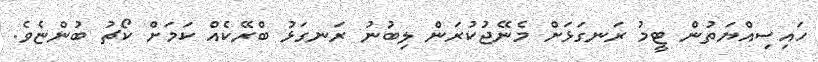
ހައިސިއްޔަތުން ޓީމު ރަނގަޅަށް މެނޭޖުކުރަން ލިބުނު ރަނގަޅު ބްރޭކެއް ކަމަށް ކޯޗު ބުންޏެވެ.